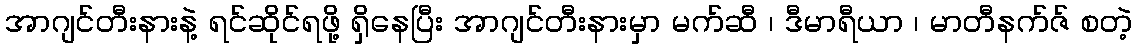
အာဂျင်တီးနားနဲ့ ရင်ဆိုင်ရဖို့ ရှိနေပြီး အာဂျင်တီးနားမှာ မက်ဆီ ၊ ဒီမာရီယာ ၊ မာတီနက်ဇ် စတဲ့